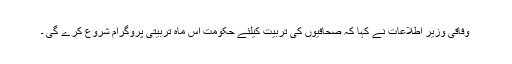
وفاقی وزیر اطلاعات نے کہا کہ صحافیوں کی تربیت کیلئے حکومت اس ماہ تربیتی پروگرام شروع کرے گی ۔